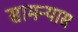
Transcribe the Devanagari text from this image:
सामन्यास